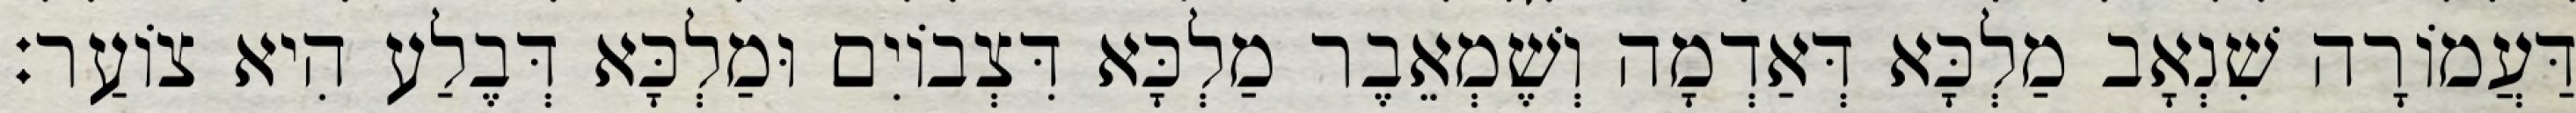
דַּעֲמוֹרָה שִׁנְאָב מַלְכָּא דְּאַדְמָה וְשֶׁמְאֵבֶר מַלְכָּא דִּצְבוֹיִם וּמַלְכָּא דְּבֶלַע הִיא צוֹעַר׃